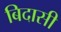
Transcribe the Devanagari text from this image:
बिदासी